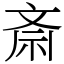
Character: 斎